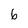
Character: 6